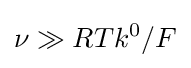
\nu \gg RTk^{0}/F